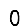
Digit: 0